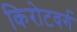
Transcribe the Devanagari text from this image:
किरोटवर्ग